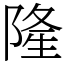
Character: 隆